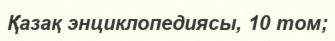
Қазақ энциклопедиясы, 10 том;